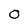
Character: 0